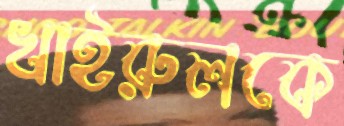
খাইরুলকে